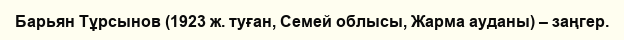
Барьян Тұрсынов (1923 ж. туған, Семей облысы, Жарма ауданы) – заңгер.